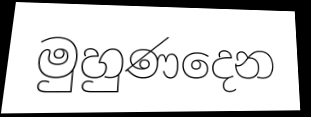
මුහුණදෙන